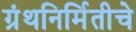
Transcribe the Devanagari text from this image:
ग्रंथनिर्मितीचे